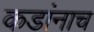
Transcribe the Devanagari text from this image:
कडांनाच